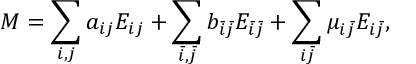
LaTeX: M = \sum _ { i , j } a _ { i j } E _ { i j } + \sum _ { \bar { i } , \bar { j } } b _ { \bar { i } \bar { j } } E _ { \bar { i } \bar { j } } + \sum _ { i \bar { j } } \mu _ { i \bar { j } } E _ { i \bar { j } } ,